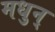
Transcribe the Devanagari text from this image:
मधुन्